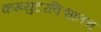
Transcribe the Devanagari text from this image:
कम्प्युटरविश्वातच